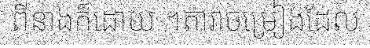
ពីនាងក៏ដោយ ។តារាចម្រៀងដែល